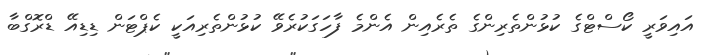
އައިވަރީ ކޯސްޓްގެ ކުޅުންތެރިންގެ ތެރެއިން އެންމެ ފާހަގަކުރެވޭ ކުޅުންތެރިއަކީ ކެޕްޓަން ޑިޑިއޭ ޑްރޮގްބާ